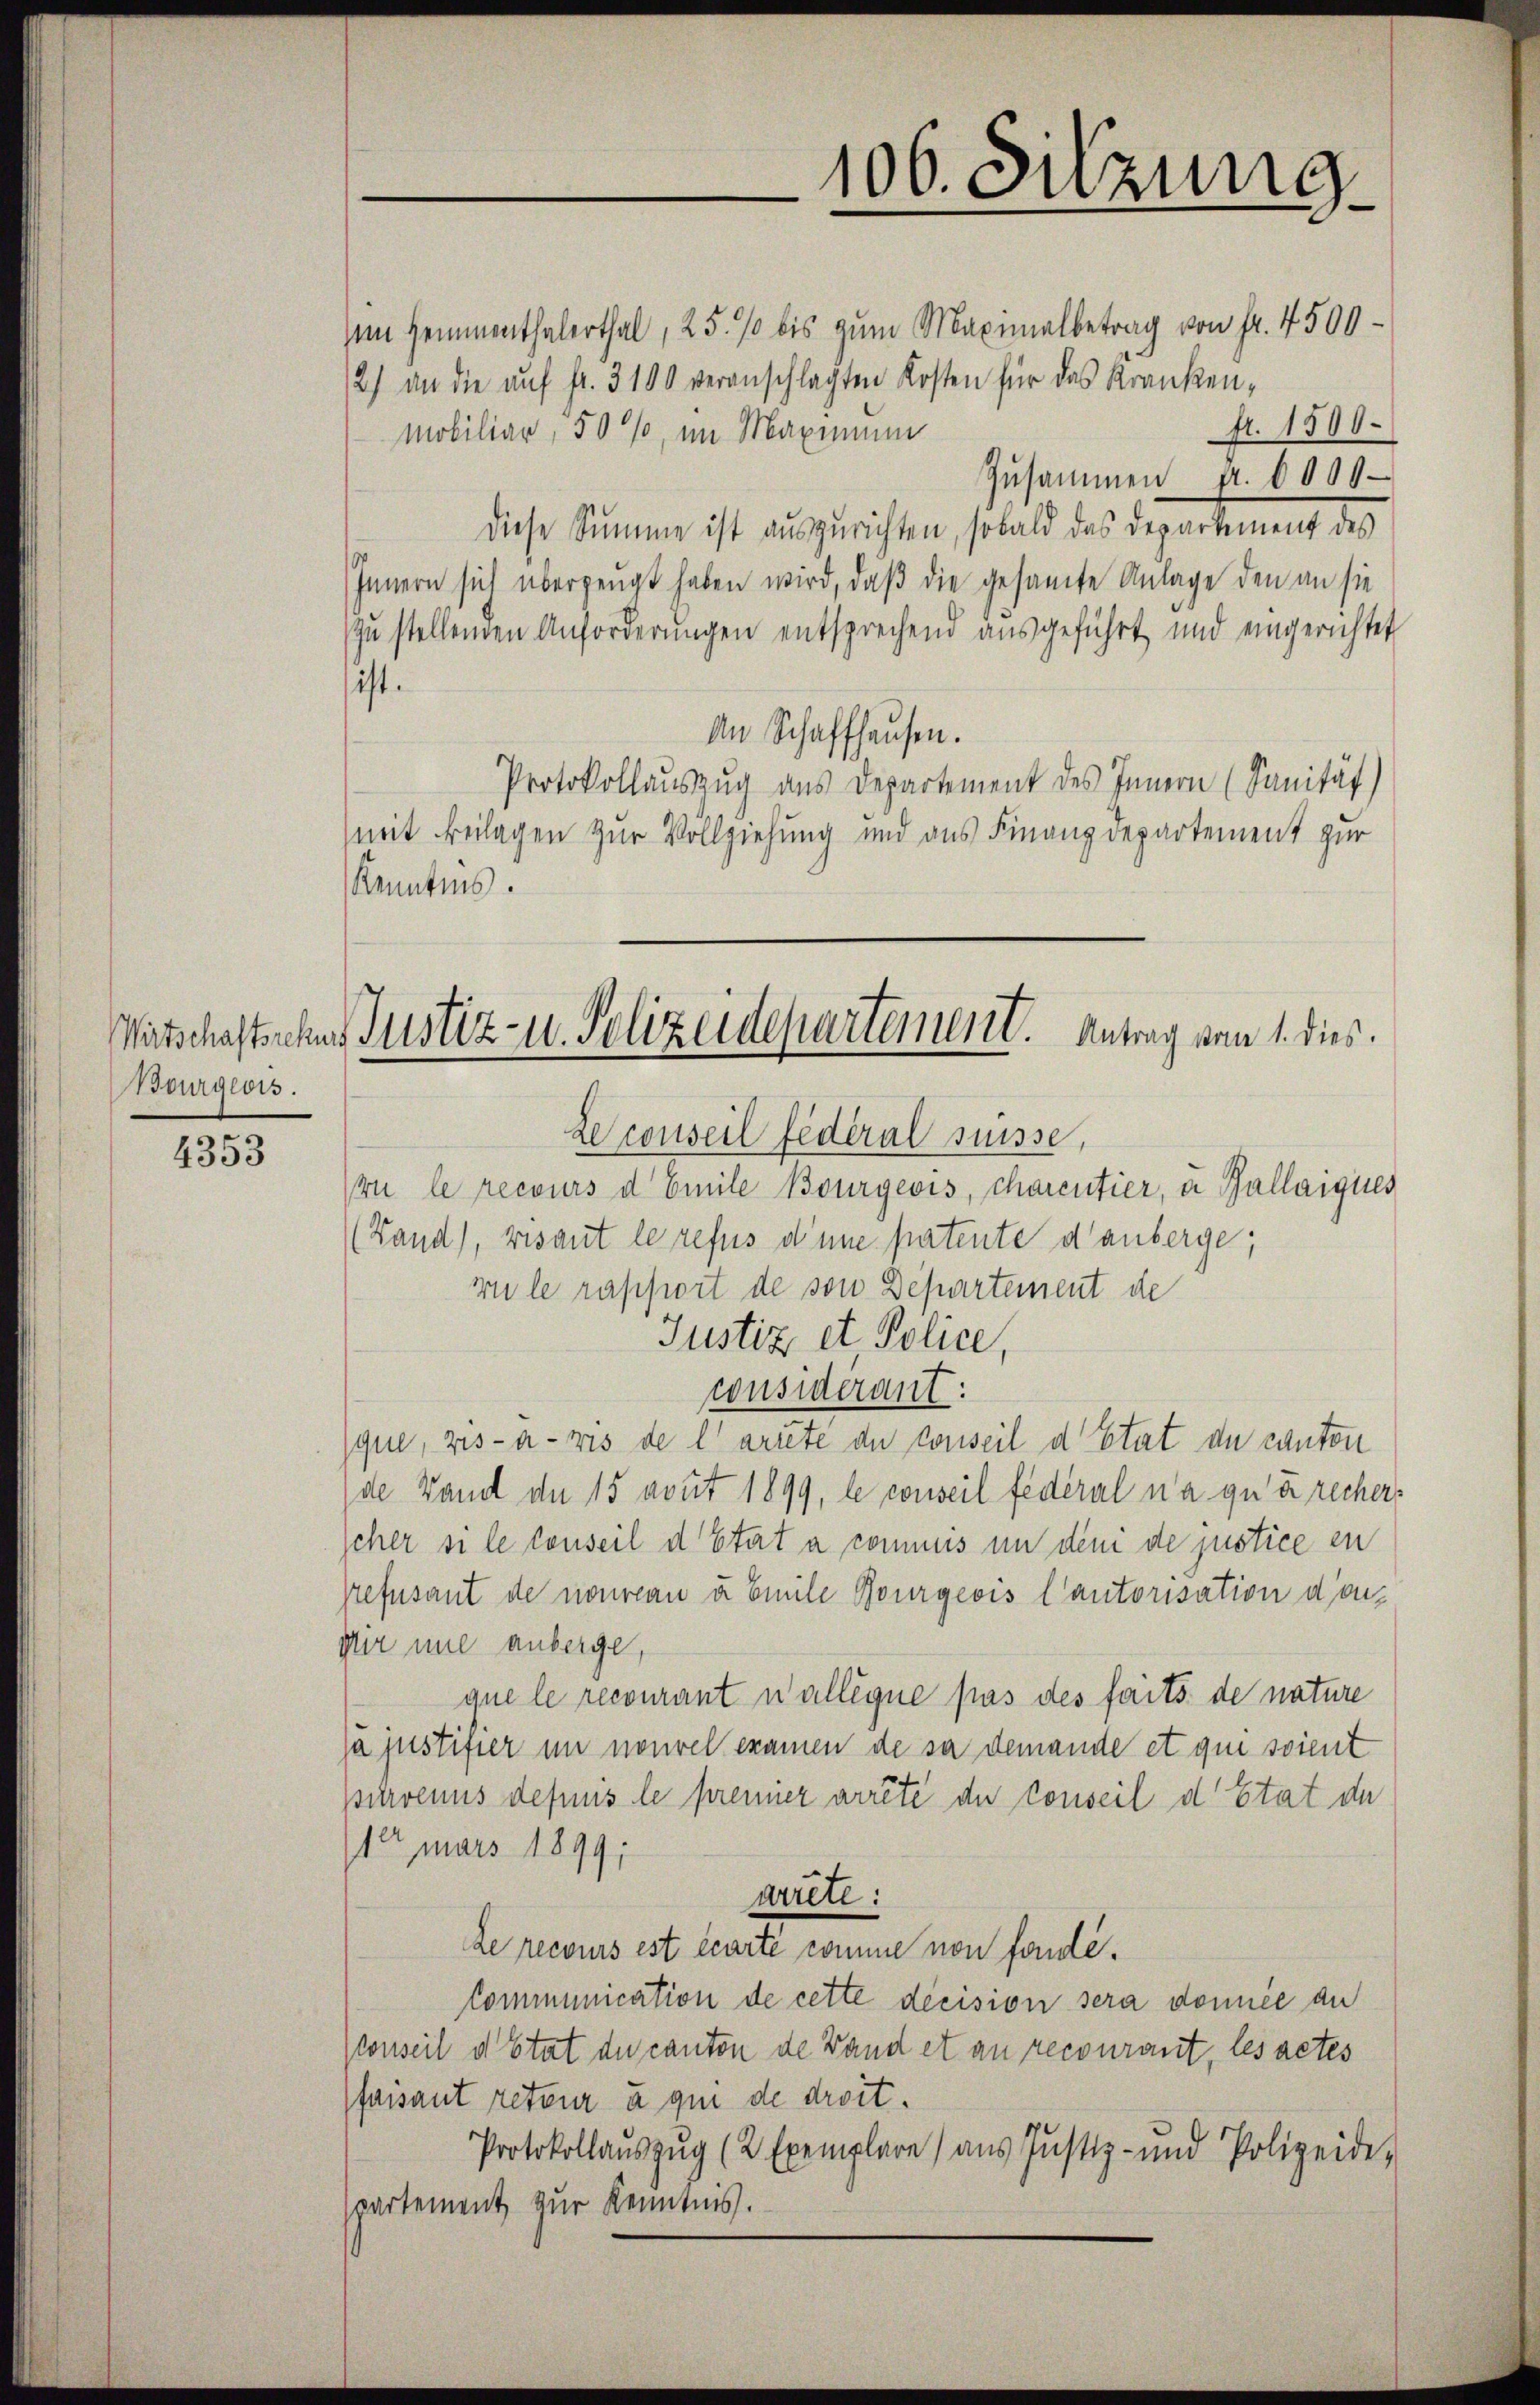
Bourgeois.

4353

Mitschaftsscher Justiz- u. Polizeidepartement. Antrag vom 1. dies

sein Hemmenthalerthal, 25. % bis zum Maximalbetrag von Fr. 4500-
2) an die auf fr. 3100 veranschlagten Kosten für das Krankenfr. 1500.
Mobiliar, 50%, im Maximum
Zusammen fr. 6000
diese Summe ist auszurichten, sobald das Departement des
Innern sich überzeugt haben wird, daß die gesamte Anlage den an sie
zu stellenden Anforderungen entsprechend ausgeführt und eingerichtet
ist.
An Schaffhausen.
Protokollauszug aus Departement des Innern (Sanität)
mit Beilagen zur Vollziehung und aus Finanzdepartement zur
Kenntnis.
Le conseil fédéral suisse,
vu le recours d Emile Bourgeois, charentier, u. Gallaiques
(Land), visant le refus diene patente d’anberge;
mile rapport de von Departement de
Justiz et. Police,
considerant:
que, vis-à-vis de l'artete de conseil d’Etat de canton
de Land de 15 avut 1899, le conseil fédéral na qui rechers
scher si le conseil d’Etat à commus in deni de justice in
Grefüsant de nouveau u Emile Bourgeois l’autorisation dou¬
Mir une anberge,
que le recourant wallégue pas des faits de nature
ja justifier in nouvel examen de sei demande et qui soient
purvenus depuis le premier arrête der Conseil d’Etat de
10 mars 1899;
arrete:
de recours est écarte comme non fondé.
Communication de cette decision sera donnée au
Konseil d’Etat du canton de Band et an recourant, les actes
(faisant reteur à qui de droit.
Protokollauszug (2 Exemplare aus Justiz- und Polizeide-
spartement zur Kenntnis.

106. Sitzung.